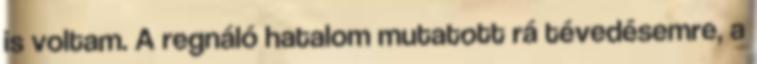
is voltam. A regnáló hatalom mutatott rá tévedésemre, a